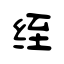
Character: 绖